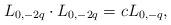
LaTeX: \begin{align*}L_{0,-2q}\cdot L_{0,-2q}=cL_{0,-q},\end{align*}